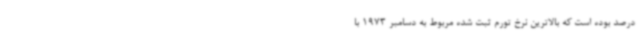
درصد بوده است که بالاترین نرخ تورم ثبت شده مربوط به دسامبر 1973 با